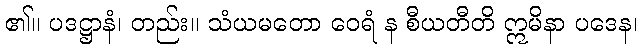
၏။ ပဒဋ္ဌာနံ၊ တည်း။ သံယမတော ဝေရံ န စီယတီတိ ဣမိနာ ပဒေန၊